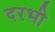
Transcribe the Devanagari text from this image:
दरभी